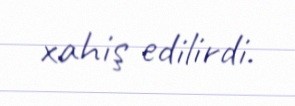
xahiş edilirdi.